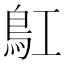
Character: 𩾬